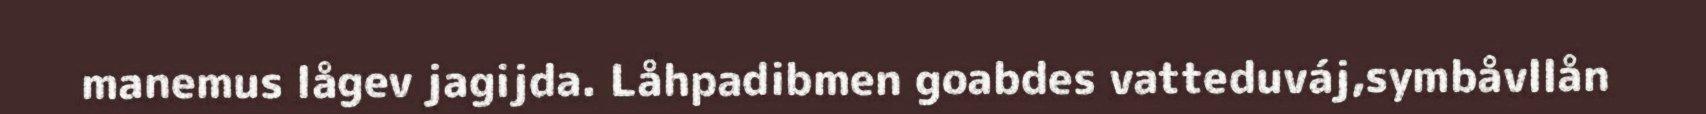
manemus lågev jagijda. Låhpadibmen goabdes vatteduváj,symbåvllån